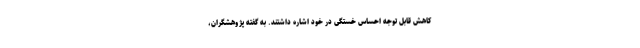
کاهش قابل توجه احساس خستگی در خود اشاره داشتند. به گفته پژوهشگران،